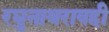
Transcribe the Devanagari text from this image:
रघुनाथरावही